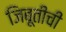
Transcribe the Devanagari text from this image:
जिबूतीची